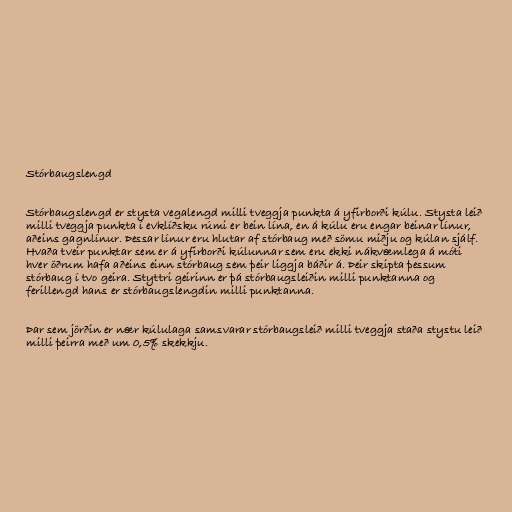
Stórbaugslengd

Stórbaugslengd er stysta vegalengd milli tveggja punkta á yfirborði kúlu. Stysta leið
milli tveggja punkta í evklíðsku rúmi er bein lína, en á kúlu eru engar beinar línur,
aðeins gagnlínur. Þessar línur eru hlutar af stórbaug með sömu miðju og kúlan sjálf.
Hvaða tveir punktar sem er á yfirborði kúlunnar sem eru ekki nákvæmlega á móti
hver öðrum hafa aðeins einn stórbaug sem þeir liggja báðir á. Þeir skipta þessum
stórbaug í tvo geira. Styttri geirinn er þá stórbaugsleiðin milli punktanna og
ferillengd hans er stórbaugslengdin milli punktanna.

Þar sem jörðin er nær kúlulaga samsvarar stórbaugsleið milli tveggja staða stystu leið
milli þeirra með um 0,5% skekkju.